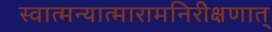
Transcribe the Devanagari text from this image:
स्वात्मन्यात्मारामनिरीक्षणात्